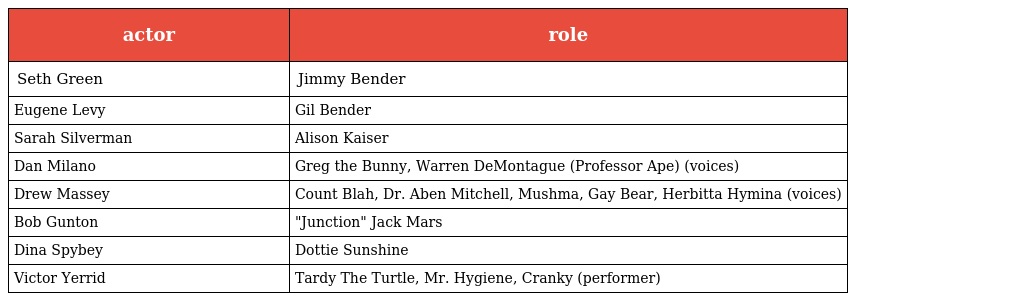
| actor | role |
 | --- | --- |
 | Seth Green | Jimmy Bender |
 | Eugene Levy | Gil Bender |
 | Sarah Silverman | Alison Kaiser |
 | Dan Milano | Greg the Bunny, Warren DeMontague (Professor Ape) (voices) |
 | Drew Massey | Count Blah, Dr. Aben Mitchell, Mushma, Gay Bear, Herbitta Hymina (voices) |
 | Bob Gunton | "Junction" Jack Mars |
 | Dina Spybey | Dottie Sunshine |
 | Victor Yerrid | Tardy The Turtle, Mr. Hygiene, Cranky (performer) |